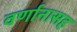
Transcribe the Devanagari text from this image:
वर्णानासह